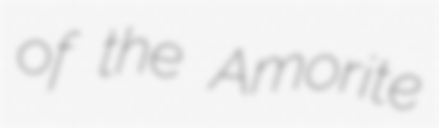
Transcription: of the Amorite